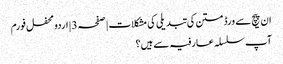
ان پیچ سے ورڈ متن کی تبدیلی کی مشکلات | صفحہ 3 | اردو محفل فورم
آپ سلسلہ عارفیہ سے ہیں؟